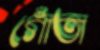
গোঁতা